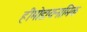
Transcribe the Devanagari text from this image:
हीमोडायनामिक